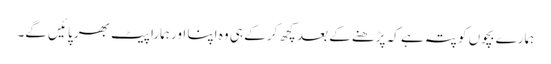
ہمارے بچوں کو پتہ ہے کہ پڑھنے کے بعد کچھ کر کے ہی وہ اپنا اور ہمارا پیٹ بھر پائیں گے۔